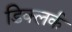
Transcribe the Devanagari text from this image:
डिक्लर्क